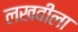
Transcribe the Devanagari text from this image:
लखवीला